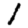
Digit: 1